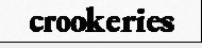
crookeries